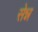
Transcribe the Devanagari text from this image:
सेन्न